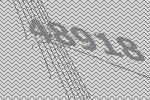
48918